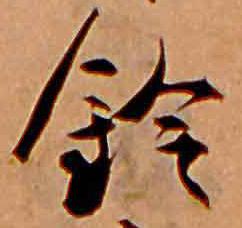
鈴